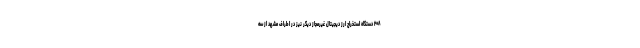
۲۰۸ دستگاه استخراج ارز دیجیتال غیرمجاز دیگر نیز در اطراف مشهد از سه